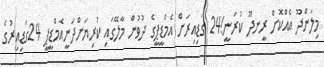
މިލަންދޫ އެއްކޮށް ރީނދޫ ކުރަނީ!24 ގަޑިއިރަށް އެމްޑީޕީގެ ދުވުން މާލޭގައި ކުރިޔަށްދަނީއެމްޑީޕީ 24ގަޑިއިރުގެ